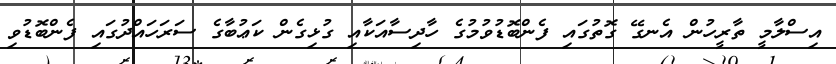
އިސްލާމީ ތާރީހުން އެނގޭ ގޮތުގައި ފެންބޮޑުވުމުގެ ހާދިސާއަކާއި ގުޅިގެން ކަޢުބާގެ ސަރަހައްދުގައި ފެންބޮޑުވި